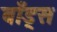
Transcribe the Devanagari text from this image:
बाँड्स